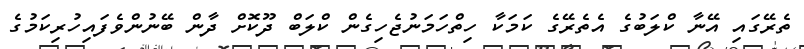
ތެރޭގައި އޭނާ ކްލަބުގެ އެތެރޭގެ ކަމަކާ ހިތްހަމަނުޖެހިގެން ކްލަބް ދޫކޮށް ދާން ބޭނުންވެފައިހުރިކަމުގެ